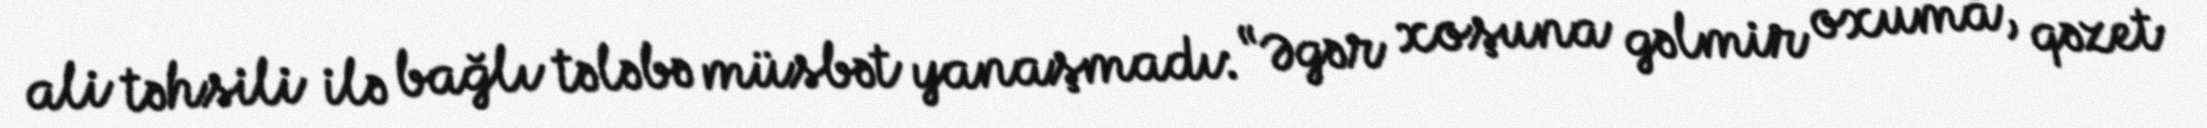
ali təhsili ilə bağlı tələbə müsbət yanaşmadı: “Əgər xoşuna gəlmir oxuma, qəzet